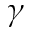
\gamma